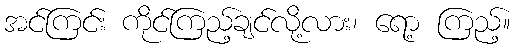
အင်ကြင်း ကိုင်ကြည့်ချင်လို့လား၊ ရော့ ကြည့်။